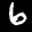
Label: 6